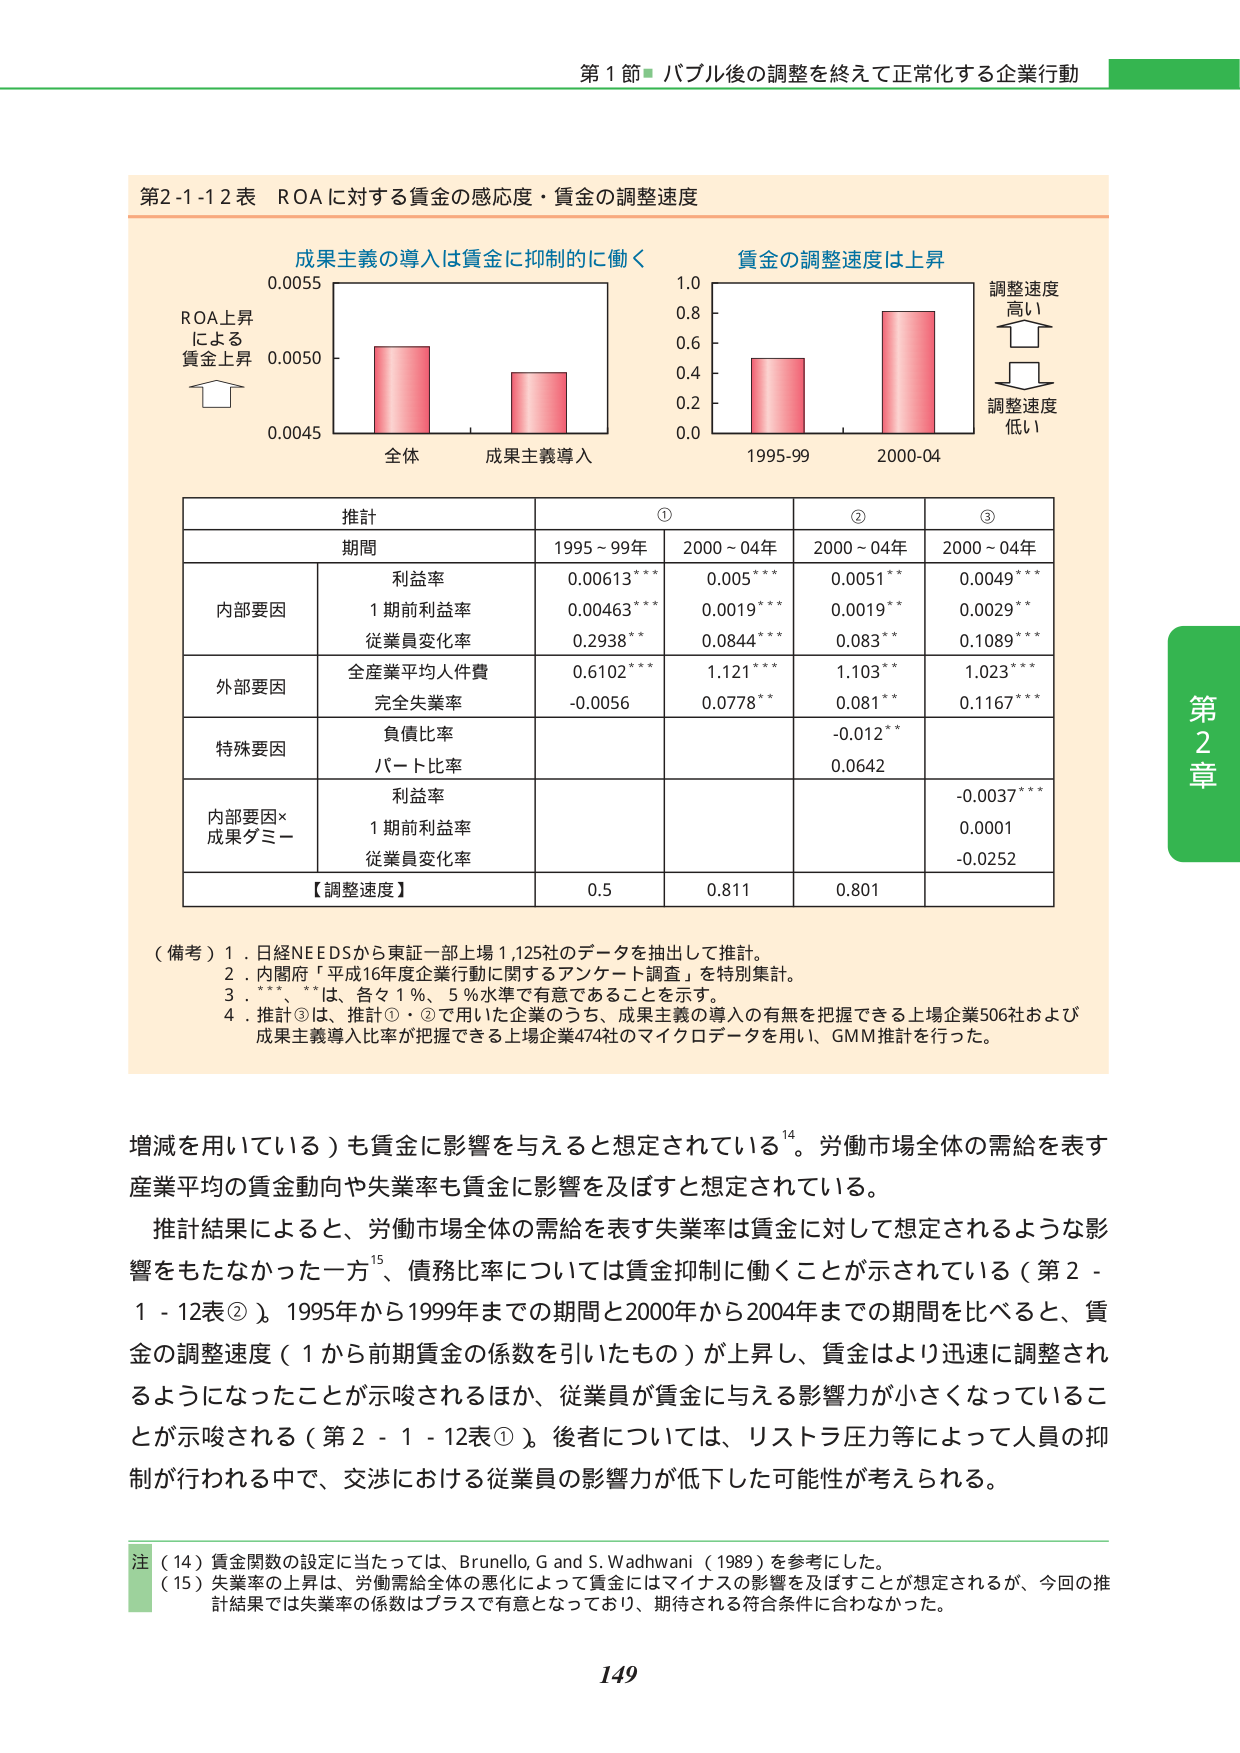
第1節 バブル後の調整を終えて正常化する企業行動

第2-1-12表 ROAに対する賃金の感応度・賃金の調整速度

成果主義の導入は賃金に抑制的に働く
ROA上昇
による
賃金上昇
0.0055
0.0050
0.0045
全体
成果主義導入

賃金の調整速度は上昇
調整速度
高い
調整速度
低い
1.0
0.8
0.6
0.4
0.2
0.0
1995-99
2000-04

推計
①
②
③
期間
1995～99年
2000～04年
2000～04年
2000～04年
内部要因
利益率
0.00613***
0.005***
0.0051**
0.0049***
1期前利益率
0.00463***
0.0019***
0.0019**
0.0029**
従業員変化率
0.2938**
0.0844***
0.083**
0.1089***
外部要因
全産業平均人件費
0.6102***
1.121***
1.103**
1.023***
完全失業率
-0.0056
0.0778**
0.081**
0.1167***
特殊要因
負債比率
-0.012**
パート比率
0.0642
内部要因×
成果ダミー
利益率
-0.0037***
1期前利益率
0.0001
従業員変化率
-0.0252
【調整速度】
0.5
0.811
0.801

（備考）1．日経NEEDSから東証一部上場1,125社のデータを抽出して推計。
2．内閣府「平成16年度企業行動に関するアンケート調査」を特別集計。
3．***、**は、各々1％、5％水準で有意であることを示す。
4．推計③は、推計①・②で用いた企業のうち、成果主義の導入の有無を把握できる上場企業506社および成果主義導入比率が把握できる上場企業474社のマイクロデータを用い、GMM推計を行った。

増減を用いている）も賃金に影響を与えると想定されている¹⁴。労働市場全体の需給を表す産業平均の賃金動向や失業率も賃金に影響を及ぼすと想定されている。
推計結果によると、労働市場全体の需給を表す失業率は賃金に対して想定されるような影響をもたなかった一方¹⁵、債務比率については賃金抑制に働くことが示されている（第2-1-12表②）。1995年から1999年までの期間と2000年から2004年までの期間を比べると、賃金の調整速度（1から前期賃金の係数を引いたもの）が上昇し、賃金はより迅速に調整されるようになったことが示唆されるほか、従業員が賃金に与える影響力が小さくなっていることが示唆される（第2-1-12表①）。後者については、リストラ圧力等によって人員の抑制が行われる中で、交渉における従業員の影響力が低下した可能性が考えられる。

注（14）賃金関数の設定に当たっては、Brunello, G and S. Wadhwani（1989）を参考にした。
（15）失業率の上昇は、労働需給全体の悪化によって賃金にはマイナスの影響を及ぼすことが想定されるが、今回の推計結果では失業率の係数はプラスで有意となっており、期待される符合条件に合わなかった。

第2章
149